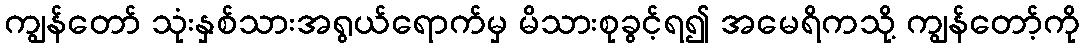
ကျွန်တော် သုံးနှစ်သားအရွယ်ရောက်မှ မိသားစုခွင့်ရ၍ အမေရိကသို့ ကျွန်တော့်ကို